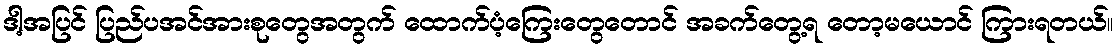
ဒါ့အပြင် ပြည်ပအင်အားစုတွေအတွက် ထောက်ပံ့ကြေးတွေတောင် အခက်တွေ့ရ တော့မယောင် ကြားရတယ်။